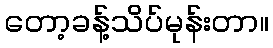
တော့ခန့်သိပ်မုန်းတာ။